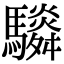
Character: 䮼